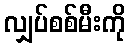
လျှပ်စစ်မီးကို